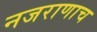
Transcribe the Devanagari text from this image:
नजराणाच